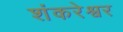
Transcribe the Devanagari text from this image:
शंकरेश्वर